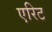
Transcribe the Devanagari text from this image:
एरिट